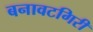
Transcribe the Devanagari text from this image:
बनावटगिरी